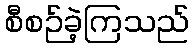
စီစဉ်ခဲ့ကြသည်